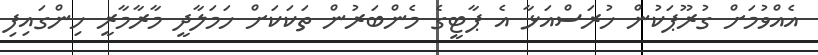
އެއްވުމަށް ގުރޫޕަކުން ހުރަސްއަޅާ އެ ޕާޓީގެ މެންބަރުން ތަކަކަށް ހަމަލާދީ މާރާމާރީ ހިންގައިފި